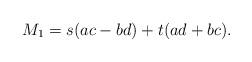
LaTeX: \begin{align*}M_1=s (ac-bd)+t (ad+bc).\end{align*}